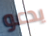
يدعو